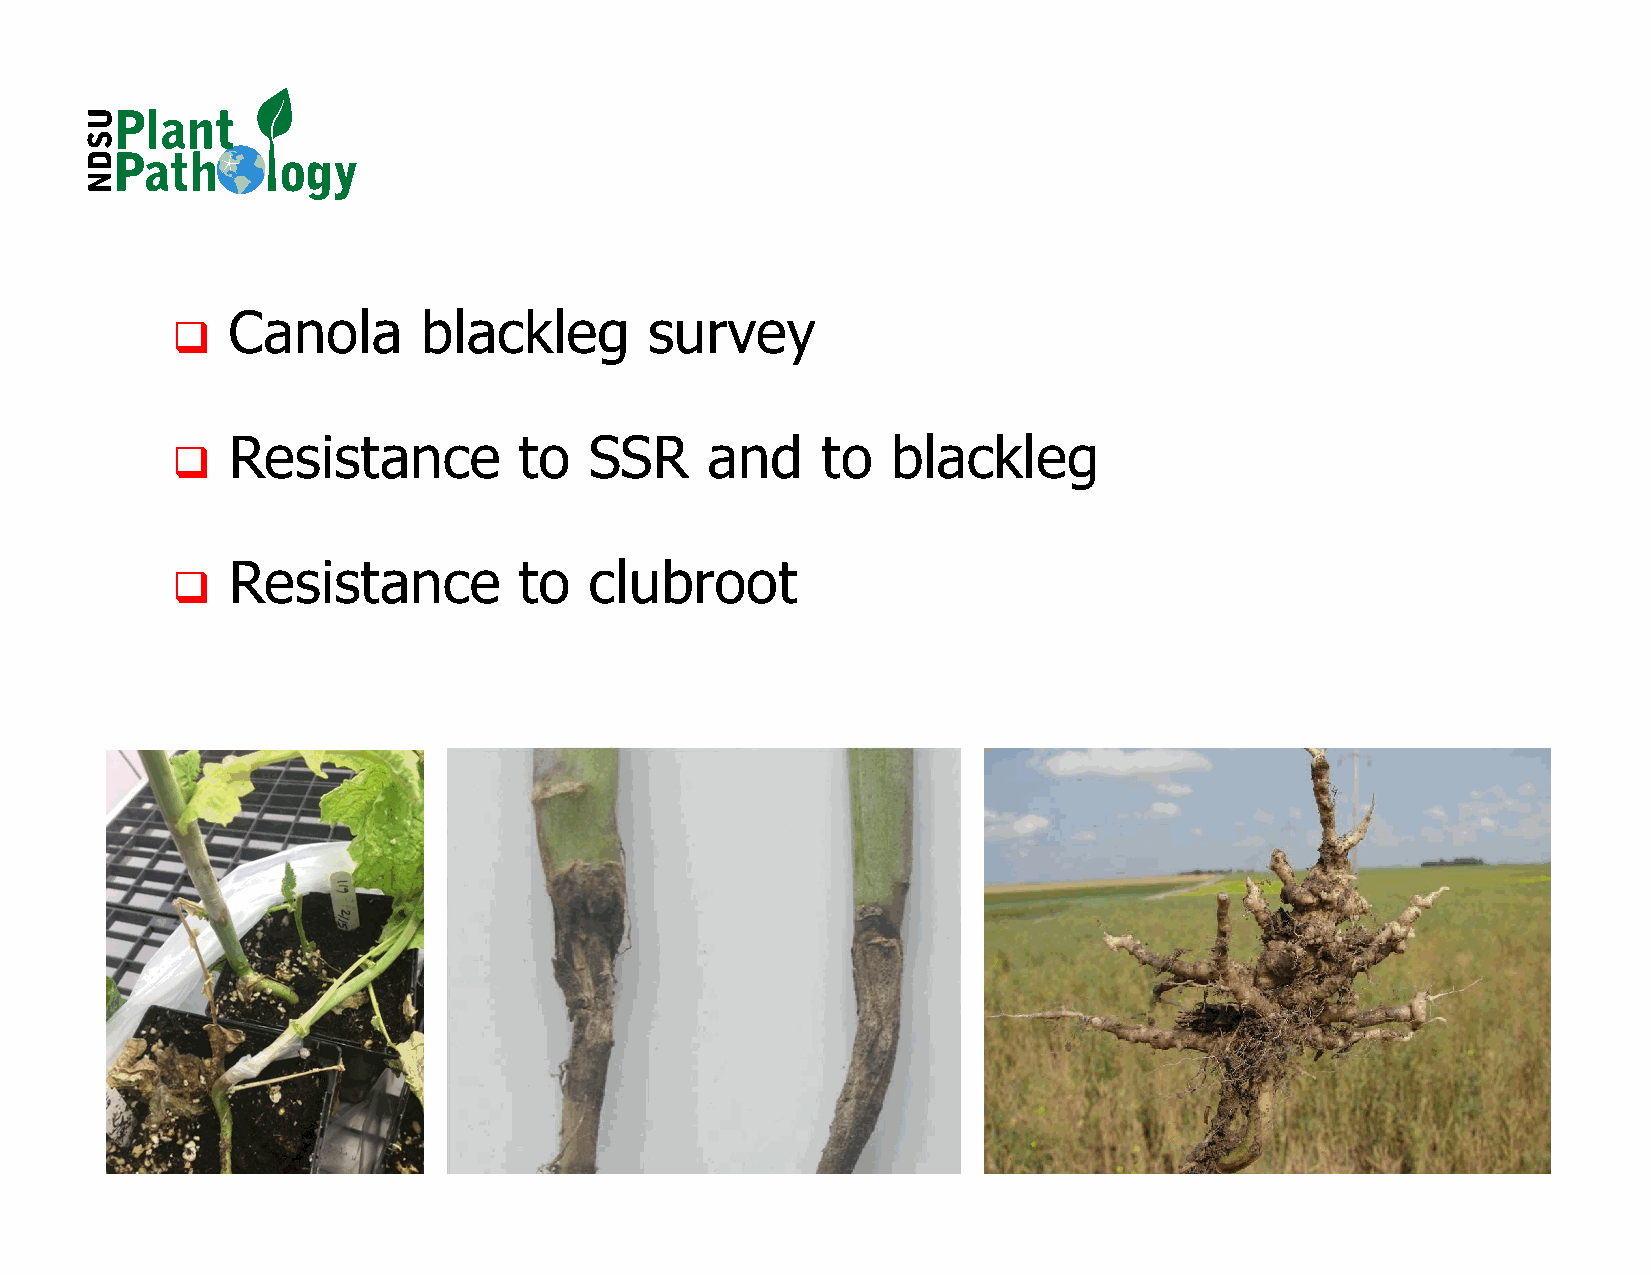
Canola       blackleg       survey
 
 Resistance         to   SSR     and    to   blackleg
 
 Resistance         to   clubroot
 